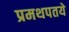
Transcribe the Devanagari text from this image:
प्रमथपतये